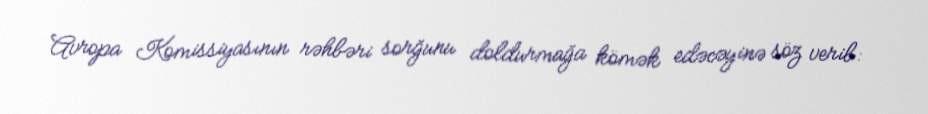
Avropa Komissiyasının rəhbəri sorğunu doldurmağa kömək edəcəyinə söz verib: